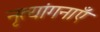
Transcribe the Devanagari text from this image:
नृत्यांगनाएँ